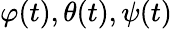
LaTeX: \varphi(t),\theta(t),\psi(t)